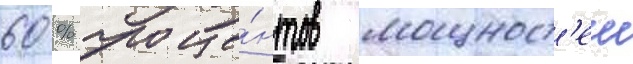
60 % проце́нтов мощност'еи